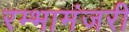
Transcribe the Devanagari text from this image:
रम्भामंजरी